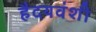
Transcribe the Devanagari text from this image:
हैदयवंशी